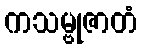
ကသမ္ဗုဇာတံ